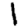
Digit: 1